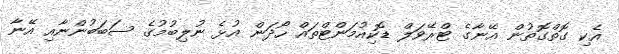
އެކި ގޮތްގޮތުން އޭނާގެ ޓްރޭވަލް ޑޮކިއުމަންޓްތައް ހޯދަން އުޅެ ނުލިބުމުގެ ސަބަބުންނާއި އޭނާ